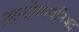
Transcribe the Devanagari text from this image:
छान्दोग्यपनिषद